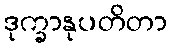
ဒုက္ခာနုပတိတာ